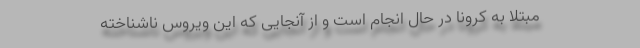
مبتلا به کرونا در حال انجام است و از آنجایی که این ویروس ناشناخته